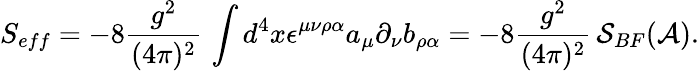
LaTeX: S_{eff}=-8\frac{g^{2}}{(4\pi)^{2}}\, \int d^{4}x\epsilon^{\mu\nu\rho\alpha}a_{\mu}\partial_{\nu}b_{\rho\alpha}=-8\frac{g^{2}}{(4\pi)^{2}}\, {\cal S}_{BF}({\cal A}).